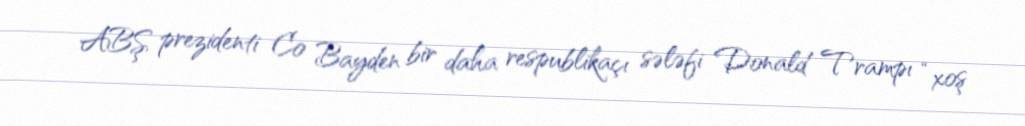
ABŞ prezidenti Co Bayden bir daha respublikaçı sələfi Donald Trampı “xoş